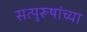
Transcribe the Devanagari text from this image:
सत्पुरूषांच्या